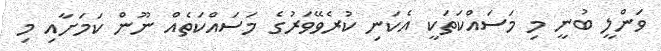
ވަންލީ ބުނީ މި މަސައްކަތަކީ އެކަނި ކުރެވޭވަރުގެ މަސައްކަތެއް ނޫން ކަމަށާއި މި